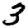
Digit: 3